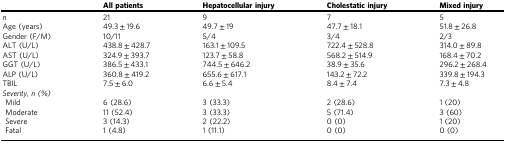
|  | All patients | Hepatocellular injury | Cholestatic injury | Mixed injury |
 | --- | --- | --- | --- | --- |
 | n | 21 | 9 | 7 | 5 |
 | Age (years) | 49.3 ± 19.6 | 49.7 ± 19 | 47.7 ± 18.1 | 51.8 ± 26.8 |
 | Gender (F/M) | 10/11 | 5/4 | 3/4 | 2/3 |
 | ALT (U/L) | 438.8 ± 428.7 | 163.1 ± 109.5 | 722.4 ± 528.8 | 314.0 ± 89.8 |
 | AST (U/L) | 324.9 ± 393.7 | 123.7 ± 58.8 | 568.2 ± 514.9 | 168.4 ± 70.2 |
 | GGT (U/L) | 386.5 ± 433.1 | 744.5 ± 646.2 | 38.9 ± 35.6 | 296.2 ± 268.4 |
 | ALP (U/L) | 360.8 ± 419.2 | 655.6 ± 617.1 | 143.2 ± 72.2 | 339.8 ± 194.3 |
 | TBIL | 7.5 ± 6.0 | 6.6 ± 5.4 | 8.4 ± 7.4 | 7.3 ± 4.8 |
 | <COLSPAN=5> Severity, n (%) |
 | Mild | 6 (28.6) | 3 (33.3) | 2 (28.6) | 1 (20) |
 | Moderate | 11 (52.4) | 3 (33.3) | 5 (71.4) | 3 (60) |
 | Severe | 3 (14.3) | 2 (22.2) | 0 (0) | 1 (20) |
 | Fatal | 1 (4.8) | 1 (11.1) | 0 (0) | 0 (0) |